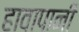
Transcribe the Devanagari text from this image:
हावापानी